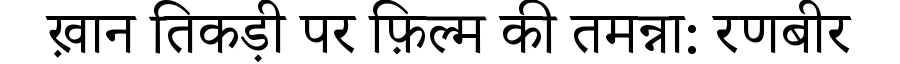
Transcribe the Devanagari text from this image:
ख़ान तिकड़ी पर फ़िल्म की तमन्ना: रणबीर